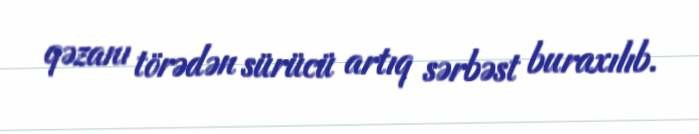
qəzanı törədən sürücü artıq sərbəst buraxılıb.